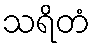
သရိတံ